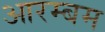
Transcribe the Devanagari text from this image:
आरम्बम